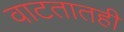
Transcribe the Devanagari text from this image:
वाटतातही